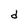
Character: d